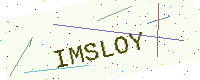
Text: IMSLOY